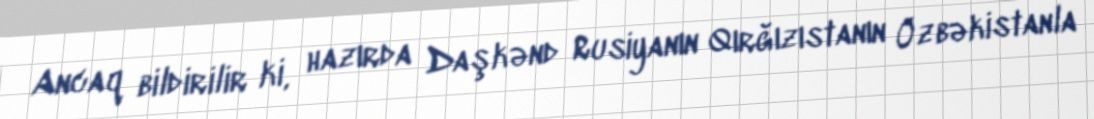
Ancaq bildirilir ki, hazırda Daşkənd Rusiyanın Qırğızıstanın Özbəkistanla